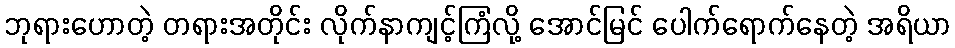
ဘုရားဟောတဲ့ တရားအတိုင်း လိုက်နာကျင့်ကြံလို့ အောင်မြင် ပေါက်ရောက်နေတဲ့ အရိယာ